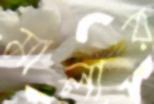
মালার